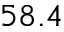
5 8 . 4